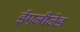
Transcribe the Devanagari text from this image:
ईएजीजेड